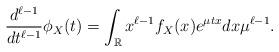
LaTeX: \begin{align*} \frac{d^{\ell-1}}{dt^{\ell-1}}\phi_X(t) = \int_\mathbb{R}x^{\ell-1} f_X(x)e^{\mu tx} dx\mu^{\ell-1} .\end{align*}